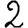
Digit: 2